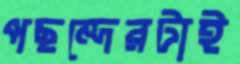
পছন্দেরটাই